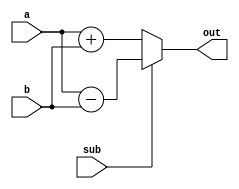
`default_nettype none
`timescale 1ns/1ps
module adder(
    input[7:0]  a,
    input[7:0]  b,
    input       sub,
    output[7:0] out
    );

    assign out = (sub) ? a-b : a+b;

endmodule